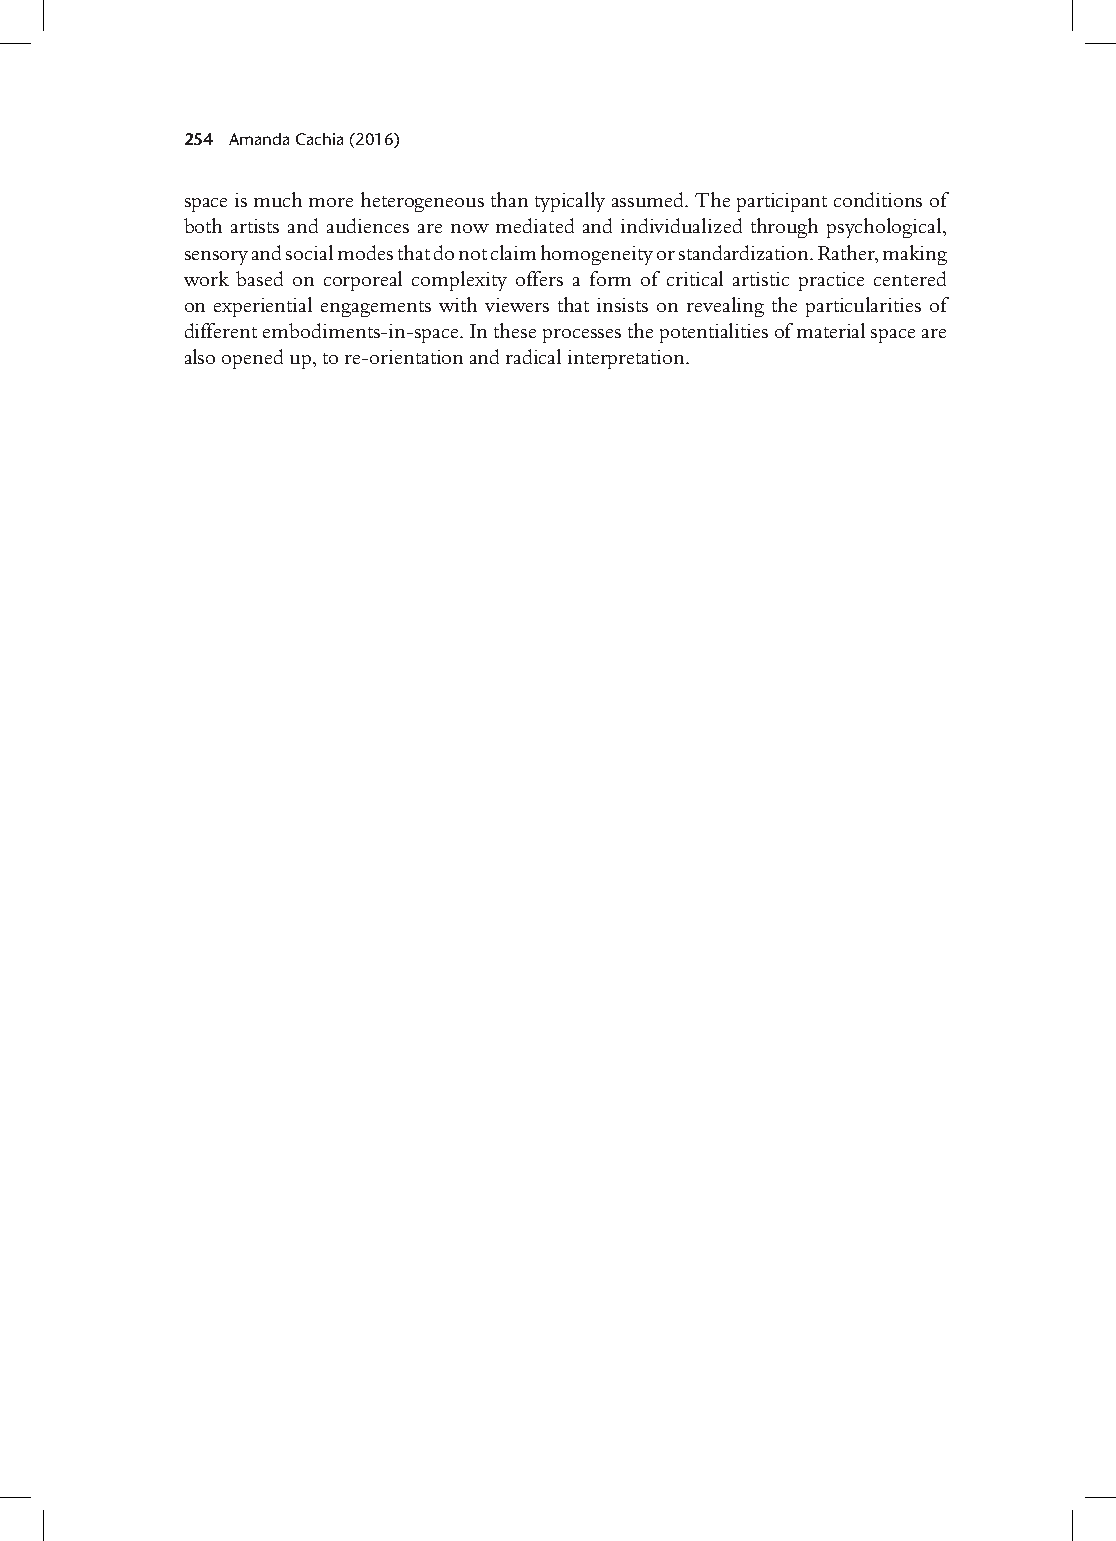
254 Amanda Cachia (2016)
 space is much more heterogeneous than typically assumed. The participant conditions of
 both artists and audiences are now mediated and individualized through psychological,
 sensory and social modes that do not claim homogeneity or standardization. Rather, making
 work based on corporeal complexity offers a form of critical artistic practice centered
 on experiential engagements with viewers that insists on revealing the particularities of
 different embodiments-in-space. In these processes the potentialities of material space are
 also opened up, to re-orientation and radical interpretation.